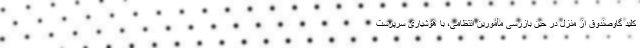
کلید گاوصندوق از منزل در حین بازرسی مأمورین انتظامی، با هوشیاری سرپرست